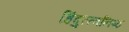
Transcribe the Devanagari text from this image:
हिंदुत्त्वनिष्ठ